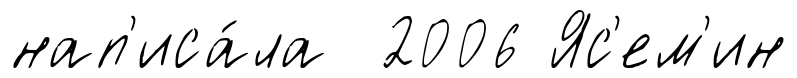
нап'иса́ла 2006 Яс'ем'ин